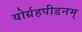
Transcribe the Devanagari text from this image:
योर्ग्रहपीडनम्